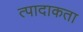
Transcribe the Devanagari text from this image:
त्पादाकता